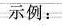
示例：